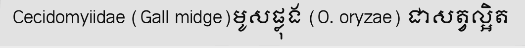
Cecidomyiidae (Gall midge)មូសផ្លុង (O. oryzae) ជាសត្វល្អិត